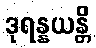
ဒုရန္နယန္တိ